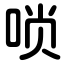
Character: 唢